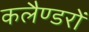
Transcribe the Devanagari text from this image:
कलैण्डरों